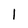
Character: 1